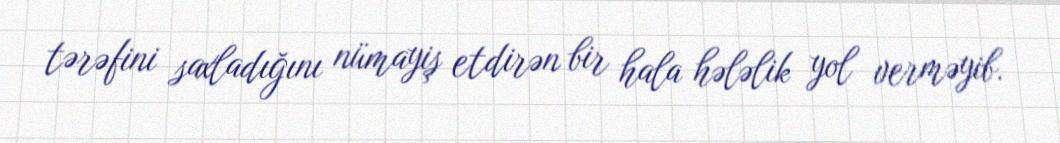
tərəfini saxladığını nümayiş etdirən bir hala hələlik yol verməyib.